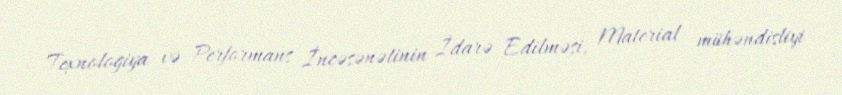
Texnologiya və Performans İncəsənətinin İdarə Edilməsi, Material mühəndisliyi